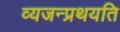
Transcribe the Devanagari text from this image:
व्यजन्प्रथयति